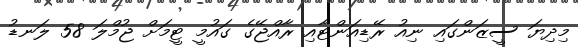
މިދިޔަ ސީޒަންގައި ނިއު ރޭޑިއަންޓާއި ރާއްޖޭގެ ގައުމީ ޓީމަށް ޖުމްލަ 58 ލަނޑު